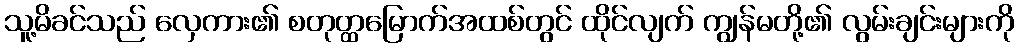
သူ့မိခင်သည် လှေကား၏ စတုတ္ထမြောက်အထစ်တွင် ထိုင်လျက် ကျွန်မတို့၏ လွမ်းချင်းများကို